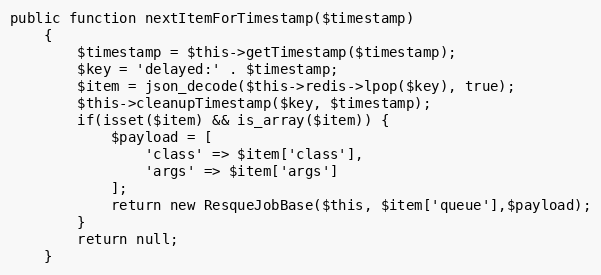
Language: PHP
public function nextItemForTimestamp($timestamp)
    {
        $timestamp = $this->getTimestamp($timestamp);
        $key = 'delayed:' . $timestamp;
        $item = json_decode($this->redis->lpop($key), true);
        $this->cleanupTimestamp($key, $timestamp);
        if(isset($item) && is_array($item)) {
            $payload = [
                'class' => $item['class'],
                'args' => $item['args']
            ];
            return new ResqueJobBase($this, $item['queue'],$payload);
        }
        return null;
    }